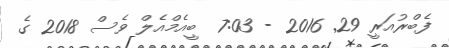
ފެބްރުއަރީ 29